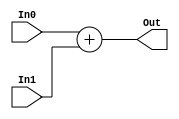
module Adder(
    input [31:0] In0,
    input [31:0] In1,
    output reg [31:0] Out
);

    always @(In0, In1) begin
        Out <= In0 + In1;
    end

endmodule